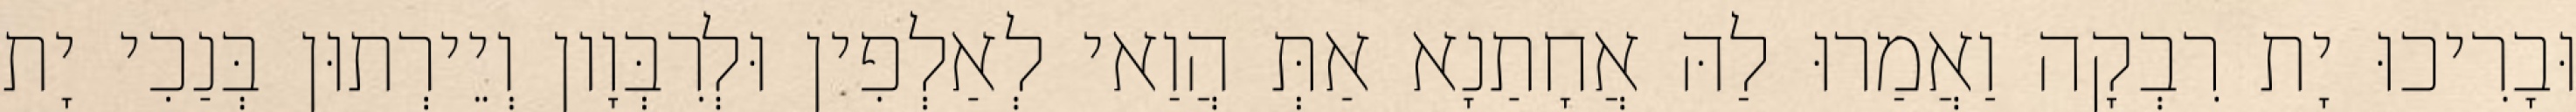
וּבָרִיכוּ יָת רִבְקָה וַאֲמַרוּ לַהּ אֲחָתַנָא אַתְּ הֲוַאי לְאַלְפִין וּלְרִבְּוָון וְיֵירְתוּן בְּנַכִי יָת